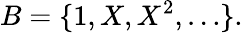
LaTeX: B=\{ 1,X,X^{2},\ldots\} .